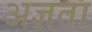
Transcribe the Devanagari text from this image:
अज्ञता